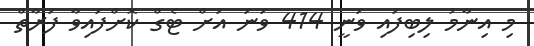
މި އިނާމު ލިބިފައި ވަނީ 414 ވަނަ އަށް ޓެގް ކޮށްފައިވާ ފަރާތް